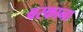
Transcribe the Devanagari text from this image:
बरकाना